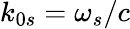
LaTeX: k_{0s}=\omega_{s}/c